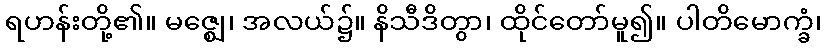
ရဟန်းတို့၏။ မဇ္ဈေ၊ အလယ်၌။ နိသီဒိတွာ၊ ထိုင်တော်မူ၍။ ပါတိမောက္ခံ၊